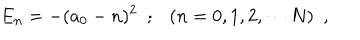
E _ { n } = - ( a _ { 0 } - n ) ^ { 2 } ~ ~ ; ( n = 0 , 1 , 2 , \cdots N ) ~ ~ ,